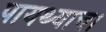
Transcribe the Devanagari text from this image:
पायथ्याचा